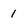
Character: 1